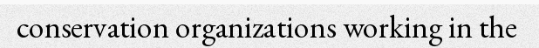
conservation organizations working in the